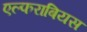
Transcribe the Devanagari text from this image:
एल्फराबियस